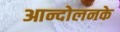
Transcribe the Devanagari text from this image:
आन्दोलनके